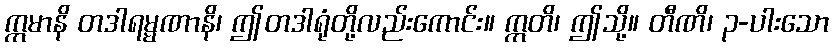
ဣမာနိ တဒါရမ္မဏာနိ၊ ဤတဒါရုံတို့လည်းကောင်း။ ဣတိ၊ ဤသို့။ တီဏိ၊ ၃-ပါးသော